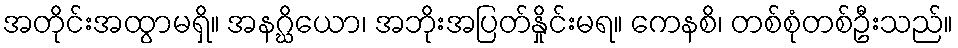
အတိုင်းအထွာမရှိ။ အနဂ္ဃိယော၊ အဘိုးအပြတ်နှိုင်းမရ။ ကေနစိ၊ တစ်စုံတစ်ဦးသည်။